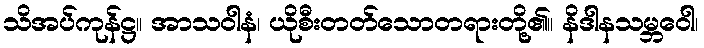
သိအပ်ကုန်ဋ္ဌ။ အာသဝါနံ၊ ယိုစီးတတ်သောတရားတို့၏။ နိဒါနသမ္ဘဝေါ၊